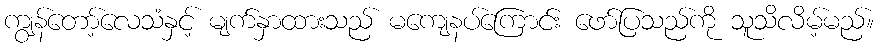
ကျွန်တော့်လေသံနှင့် မျက်နှာထားသည် မကျေနပ်ကြောင်း ဖော်ပြသည်ကို သူသိလိမ့်မည်။